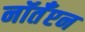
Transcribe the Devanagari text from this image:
नॉर्तँप्टन